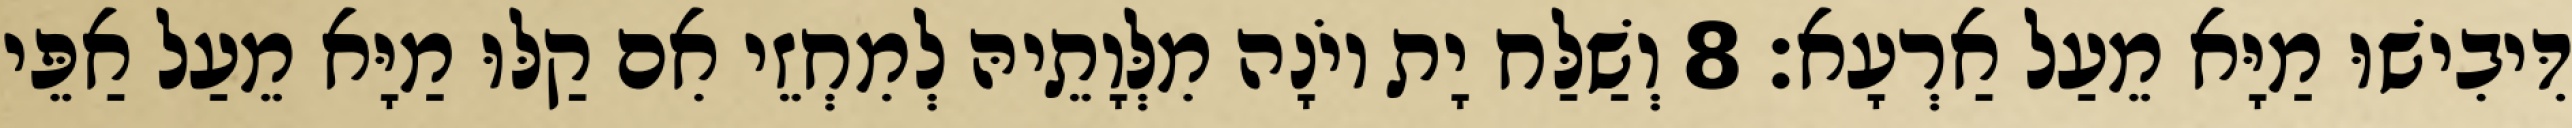
דִּיבִישׁוּ מַיָּא מֵעַל אַרְעָא׃ 8 וְשַׁלַּח יָת יוֹנָה מִלְּוָתֵיהּ לְמִחְזֵי אִם קַלּוּ מַיָּא מֵעַל אַפֵּי